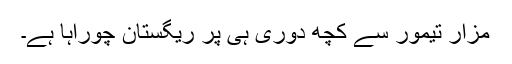
مزار تیمور سے کچھ دوری ہی پر ریگستان چوراہا ہے۔